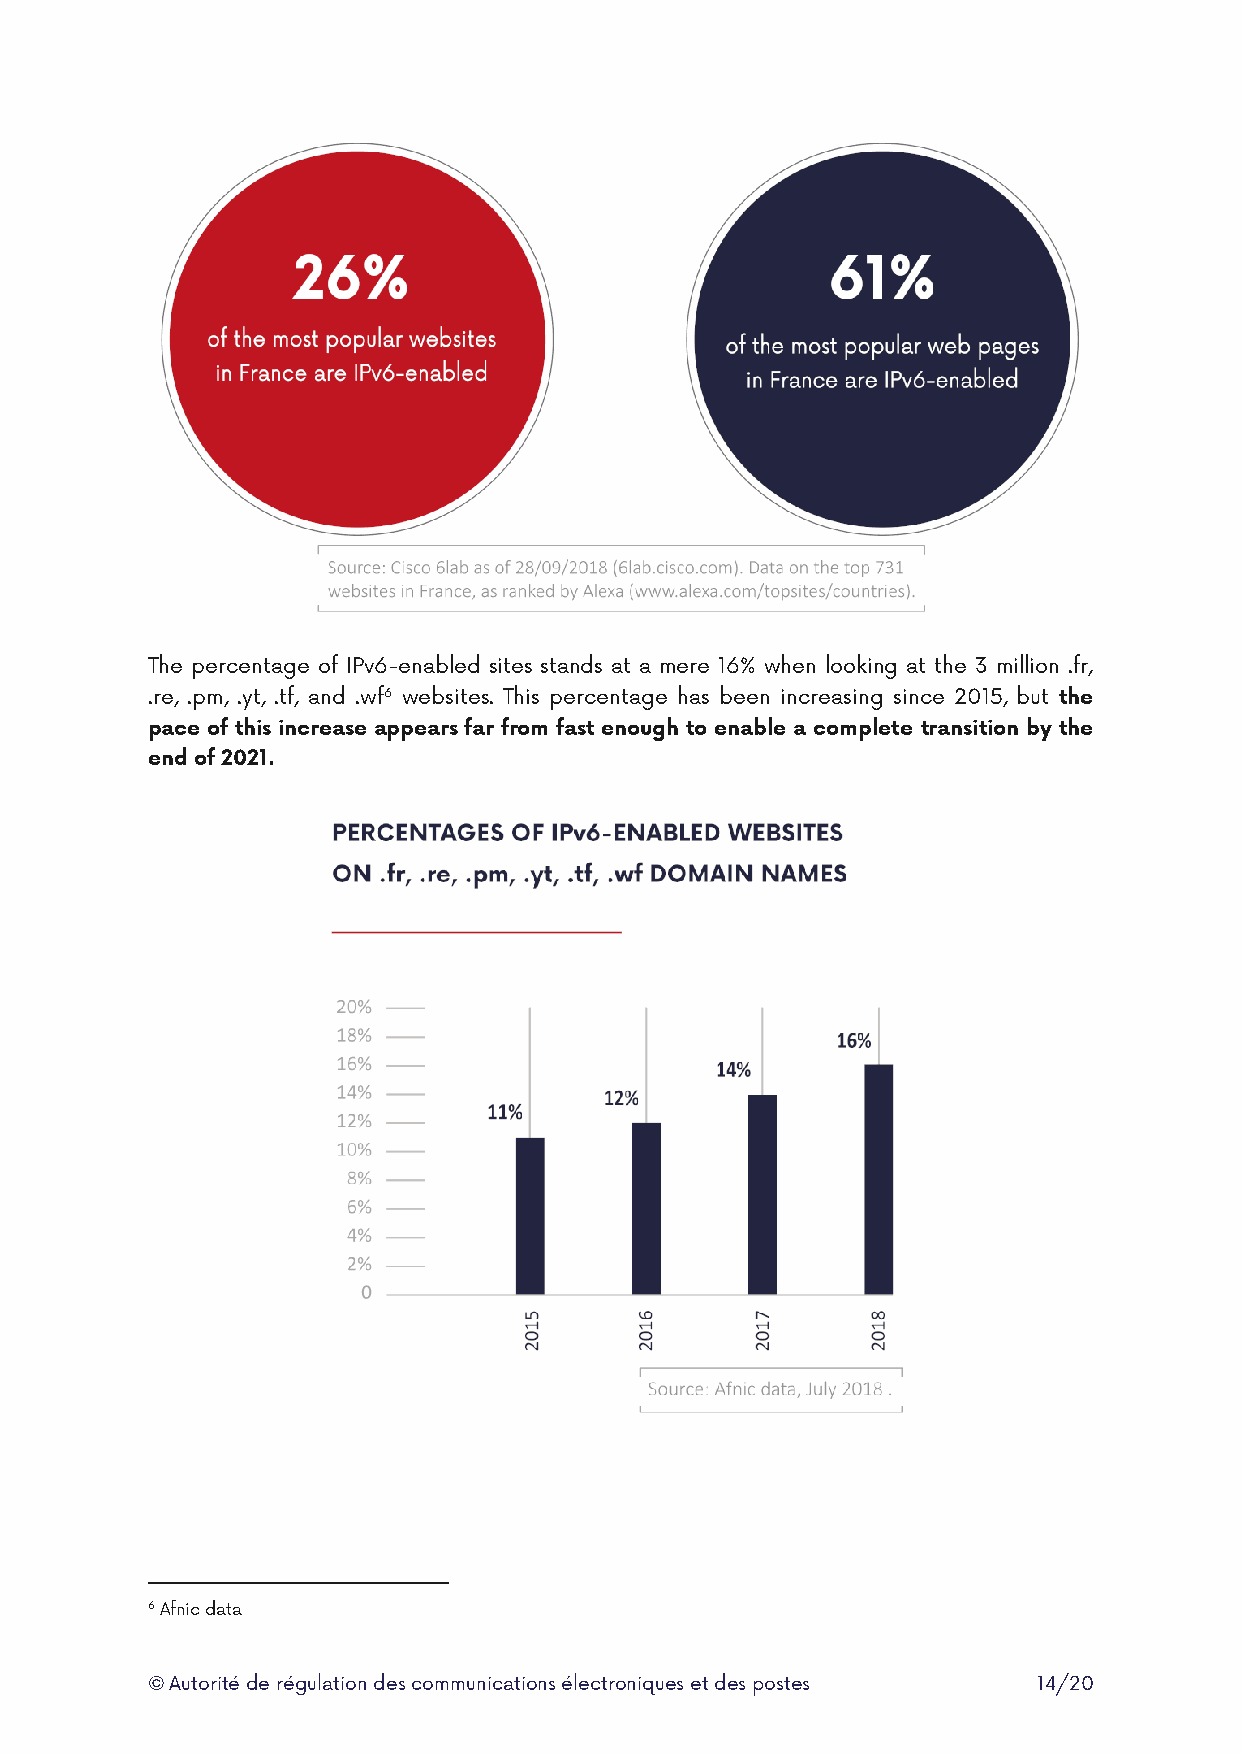
The percentage of IPv6-enabled sites stands at a mere 16% when looking at the 3 million .fr,
 .re, .pm, .yt, .tf, and .wf6 websites. This percentage has been increasing since 2015, but the
 pace of this increase appears far from fast enough to enable a complete transition by the
 end of 2021.
 6 Afnic data
 © Autorité de régulation des communications électroniques et des postes 14/20